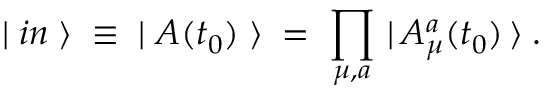
| \; i n \; \rangle \; \equiv \; | \; { \cal A } ( t _ { 0 } ) \; \rangle \; = \; \prod _ { \mu , a } \, | \, { \cal A } _ { \mu } ^ { a } ( t _ { 0 } ) \, \rangle \; .